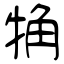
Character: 觕